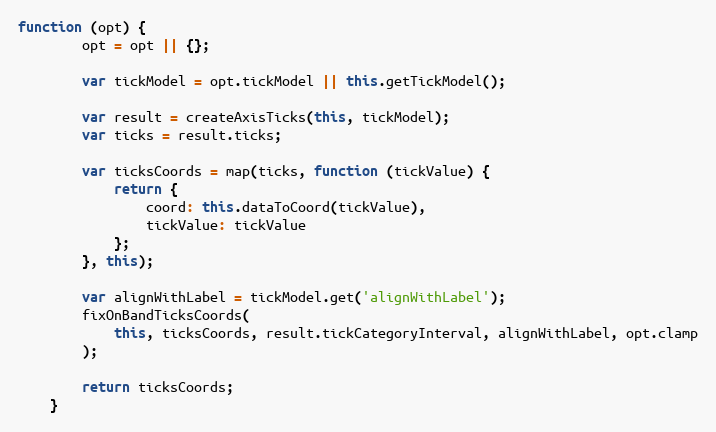
Language: JavaScript
function (opt) {
        opt = opt || {};

        var tickModel = opt.tickModel || this.getTickModel();

        var result = createAxisTicks(this, tickModel);
        var ticks = result.ticks;

        var ticksCoords = map(ticks, function (tickValue) {
            return {
                coord: this.dataToCoord(tickValue),
                tickValue: tickValue
            };
        }, this);

        var alignWithLabel = tickModel.get('alignWithLabel');
        fixOnBandTicksCoords(
            this, ticksCoords, result.tickCategoryInterval, alignWithLabel, opt.clamp
        );

        return ticksCoords;
    }